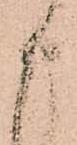
申